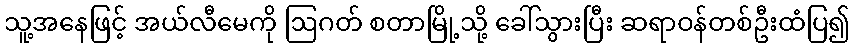
သူ့အနေဖြင့် အယ်လီမေကို ဩဂတ် စတာမြို့သို့ ခေါ်သွားပြီး ဆရာဝန်တစ်ဦးထံပြ၍